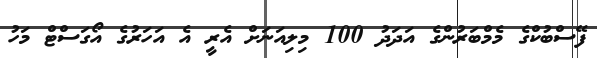
ފޭސްބުކްގެ މެމްބަރުންގެ އަދަދު 100 މިލިއަނަށް އެރީ އެ އަހަރުގެ އޯގަސްޓް މަހު